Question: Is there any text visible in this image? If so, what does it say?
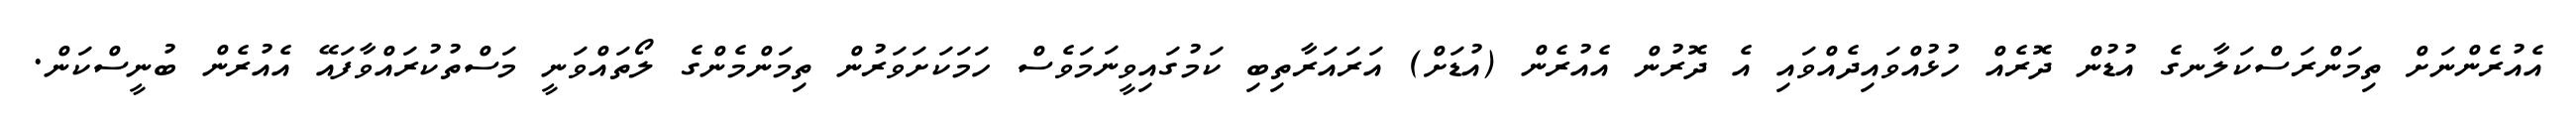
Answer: އެއުރެންނަށް ތިމަންރަސްކަލާނގެ އުޑުން ދޮރެއް ހުޅުއްވައިދެއްވައި އެ ދޮރުން އެއުރެން (އުޑަށް) އަރައަރާތިބި ކަމުގައިވީނަމަވެސް ހަމަކަށަވަރުން ތިމަންމެންގެ ލޯތައްވަނީ މަސްތުކުރައްވާފައޭ އެއުރެން ބުނީސްކަން.